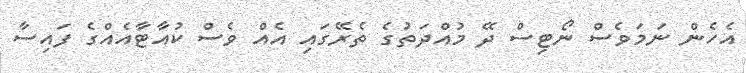
އެހެން ނަމަވެސް ނޯޓިސް ދޭ މުއްދަތުގެ ތެރޭގައި އެއް ވެސް ކުއާޓާއެއްގެ ފައިސާ